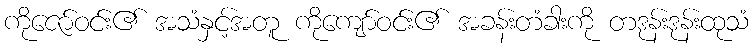
ကိုဇော်ဝင်း၏ အသံနှင့်အတူ ကိုကျော်ဝင်း၏ အခန်းတံခါးကို တဒုန်းဒုန်းထုသံ